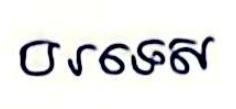
បរទេស